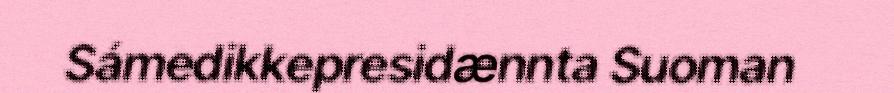
Sámedikkepresidænnta Suoman